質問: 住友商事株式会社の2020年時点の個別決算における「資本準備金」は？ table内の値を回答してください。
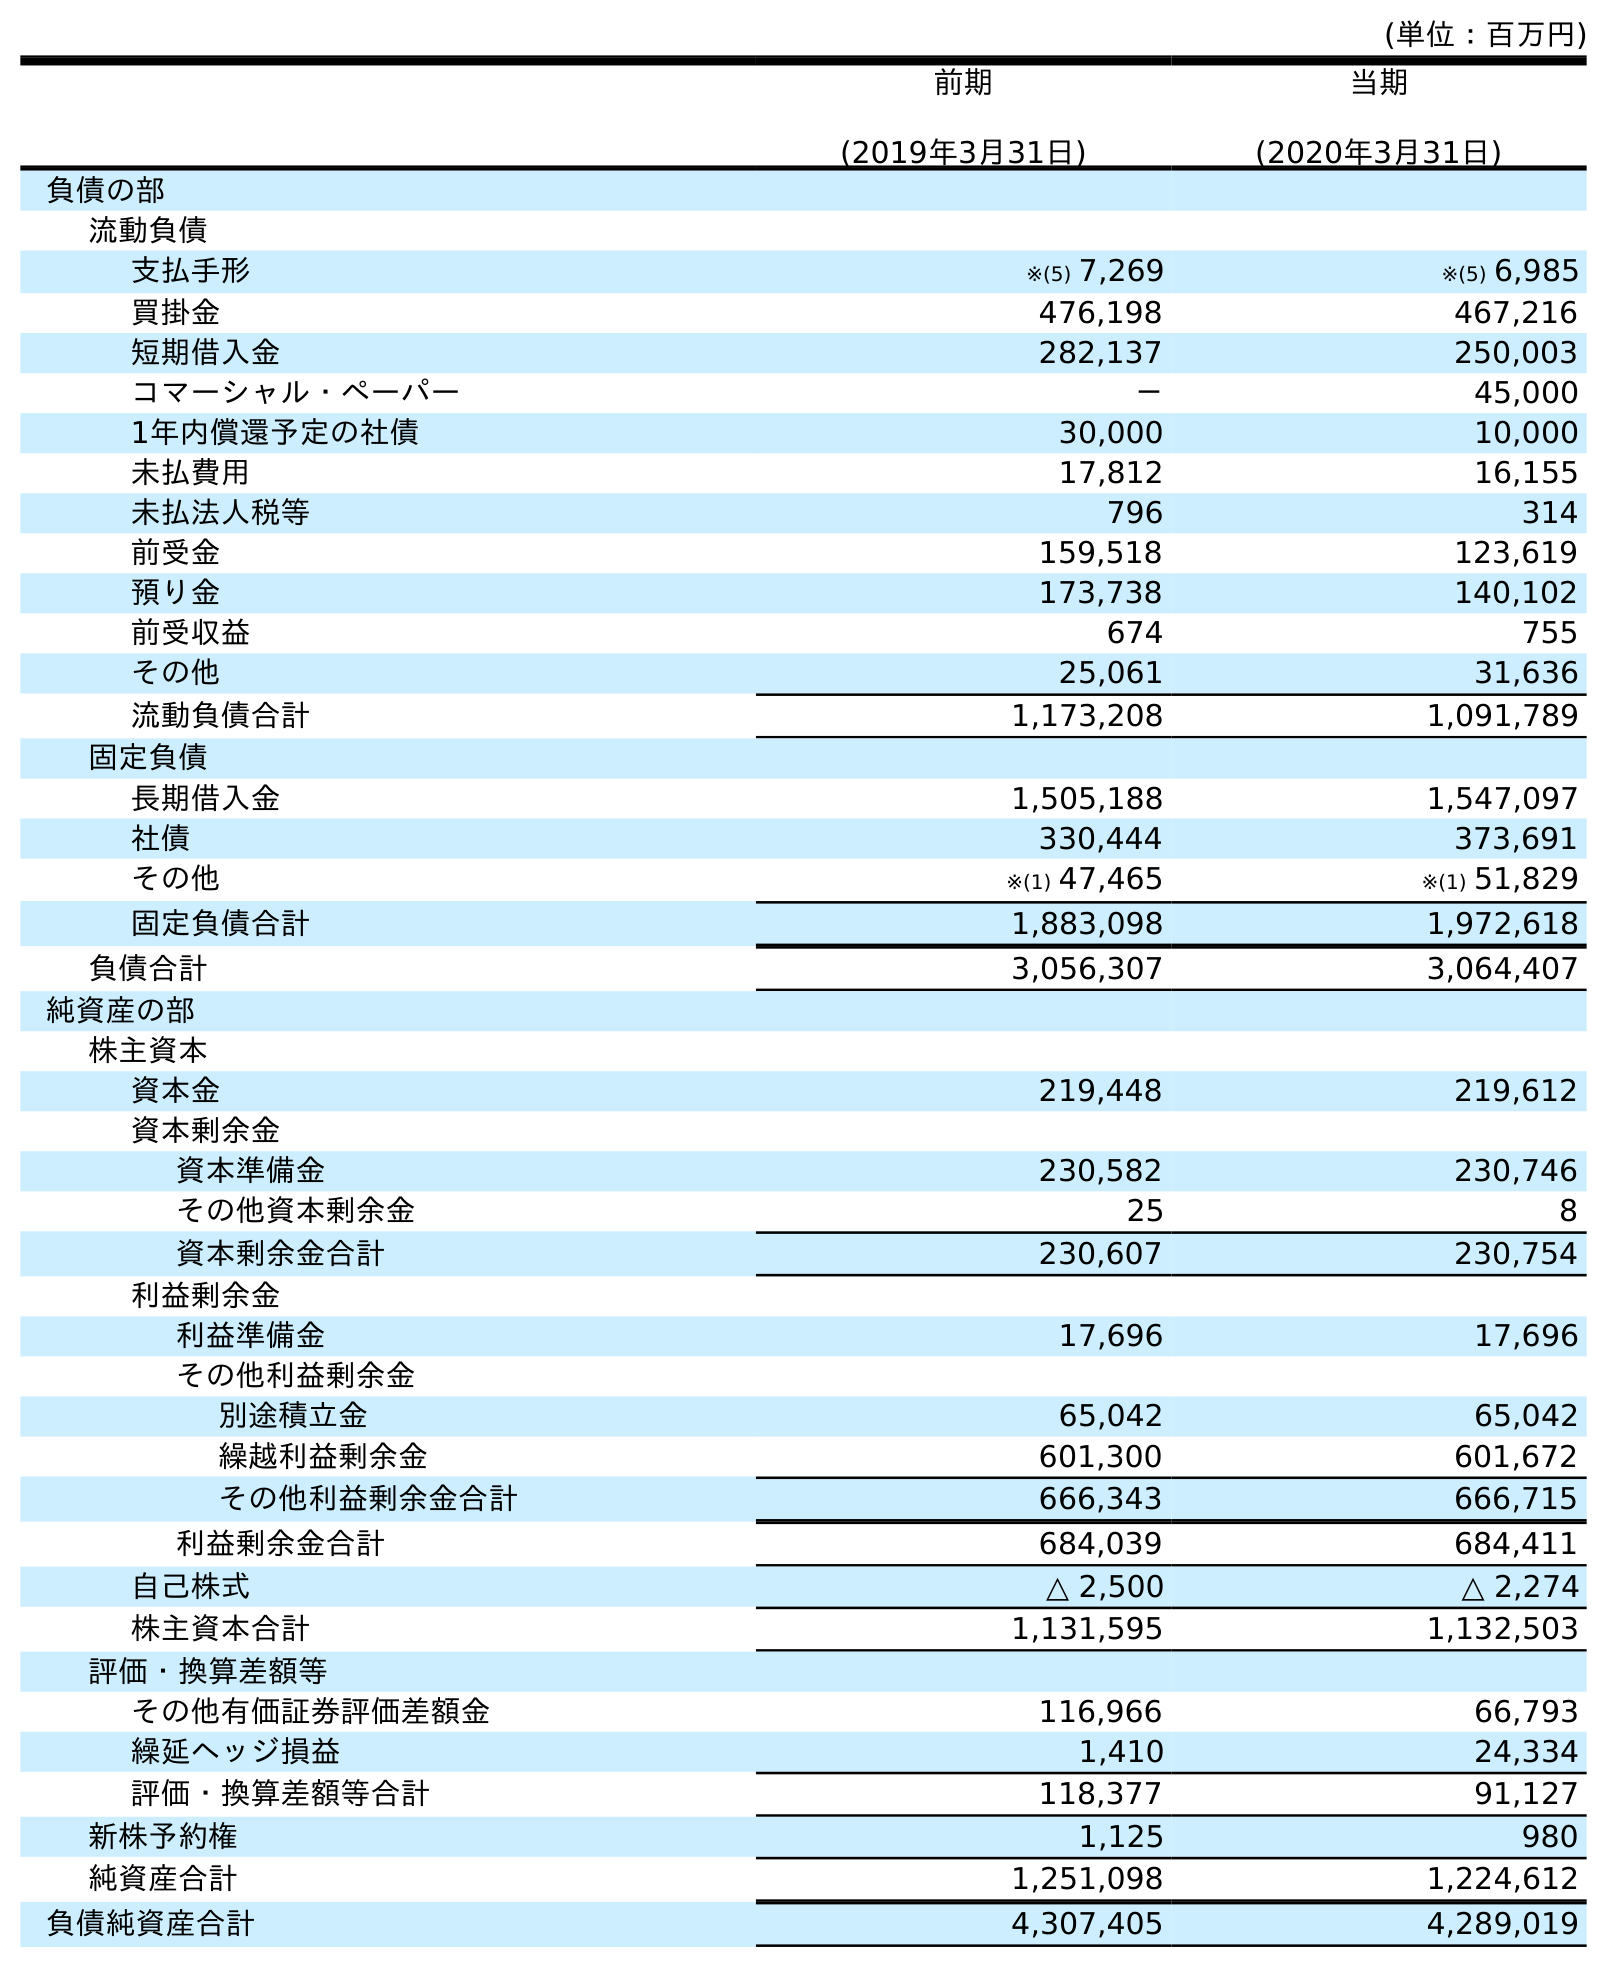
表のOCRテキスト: (単位：百万円) 前期 (2019年3月31日) 当期 (2020年3月31日) 負債の部 流動負債 支払手形 ※(5) 7,269 ※(5) 6,985 買掛金 476,198 467,216 短期借入金 282,137 250,003 コマーシャル・ペーパー － 45,000 1年内償還予定の社債 30,000 10,000 未払費用 17,812 16,155 未払法人税等 796 314 前受金 159,518 123,619 預り金 173,738 140,102 前受収益 674 755 その他 25,061 31,636 流動負債合計 1,173,208 1,091,789 固定負債 長期借入金 1,505,188 1,547,097 社債 330,444 373,691 その他 ※(1) 47,465 ※(1) 51,829 固定負債合計 1,883,098 1,972,618 負債合計 3,056,307 3,064,407 純資産の部 株主資本 資本金 219,448 219,612 資本剰余金 資本準備金 230,582 230,746 その他資本剰余金 25 8 資本剰余金合計 230,607 230,754 利益剰余金 利益準備金 17,696 17,696 その他利益剰余金 別途積立金 65,042 65,042 繰越利益剰余金 601,300 601,672 その他利益剰余金合計 666,343 666,715 利益剰余金合計 684,039 684,411 自己株式 △ 2,500 △ 2,274 株主資本合計 1,131,595 1,132,503 評価・換算差額等 その他有価証券評価差額金 116,966 66,793 繰延ヘッジ損益 1,410 24,334 評価・換算差額等合計 118,377 91,127 新株予約権 1,125 980 純資産合計 1,251,098 1,224,612 負債純資産合計 4,307,405 4,289,019
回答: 230,746